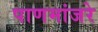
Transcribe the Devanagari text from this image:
पाणमांजरे